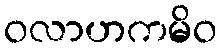
ဝလာဟကမိဝ